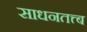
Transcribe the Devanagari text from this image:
साधनतत्त्ब